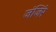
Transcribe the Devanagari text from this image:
जंजिरे